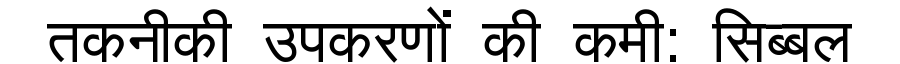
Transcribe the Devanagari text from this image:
तकनीकी उपकरणों की कमी: सिब्बल